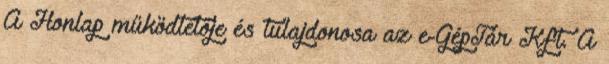
A Honlap működtetője és tulajdonosa az e-GépTár Kft. A